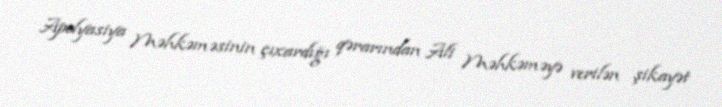
Apelyasiya Məhkəməsinin çıxardığı qərarından Ali Məhkəməyə verilən şikayət